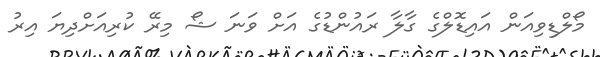
މޯލްޑިވިއަން އައިޑޮލްގެ ގާލާ ރައުންޑުގެ އަށް ވަނަ ޝޯ މިރޭ ކުރިއަށްދިޔަ އިރު